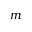
m